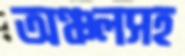
অঞ্চলসহ